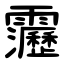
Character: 靋